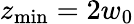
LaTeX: z_{\mathrm{min}}=2w_{0}